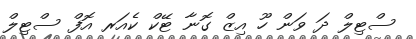
ސްޓިލް ދަ ވަން ހޫ އިޒް ގޮނާ ޓޭކް ކެއަރ އޮފް ސްޓިލް